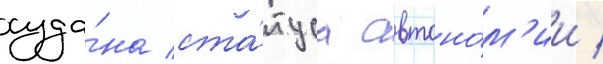
суда́на ста́туса автоно́м'ии /